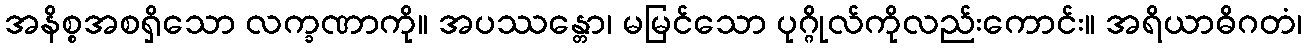
အနိစ္စအစရှိသော လက္ခဏာကို။ အပဿန္တော၊ မမြင်သော ပုဂ္ဂိုလ်ကိုလည်းကောင်း။ အရိယာဓိဂတံ၊